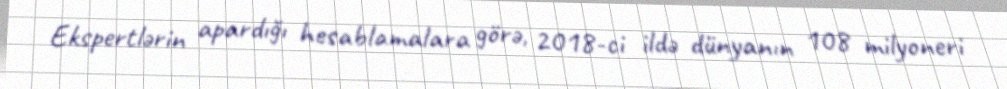
Ekspertlərin apardığı hesablamalara görə, 2018-ci ildə dünyanın 108 milyoneri